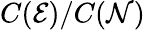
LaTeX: C(\mathcal{E})/C(\mathcal{N})